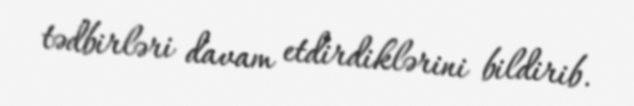
tədbirləri davam etdirdiklərini bildirib.